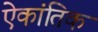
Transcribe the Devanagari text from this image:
ऐकांतिक